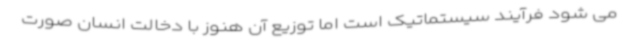
می شود فرآیند سیستماتیک است اما توزیع آن هنوز با دخالت انسان صورت